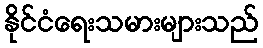
နိုင်ငံရေးသမားများသည်